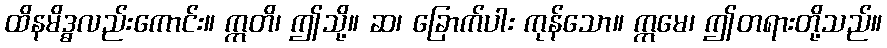
ထိနမိဒ္ဓလည်းကောင်း။ ဣတိ၊ ဤသို့။ ဆ၊ ခြောက်ပါး ကုန်သော။ ဣမေ၊ ဤတရားတို့သည်။